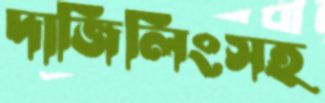
দার্জিলিংসহ